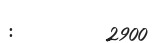
:         2900